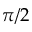
\pi / 2